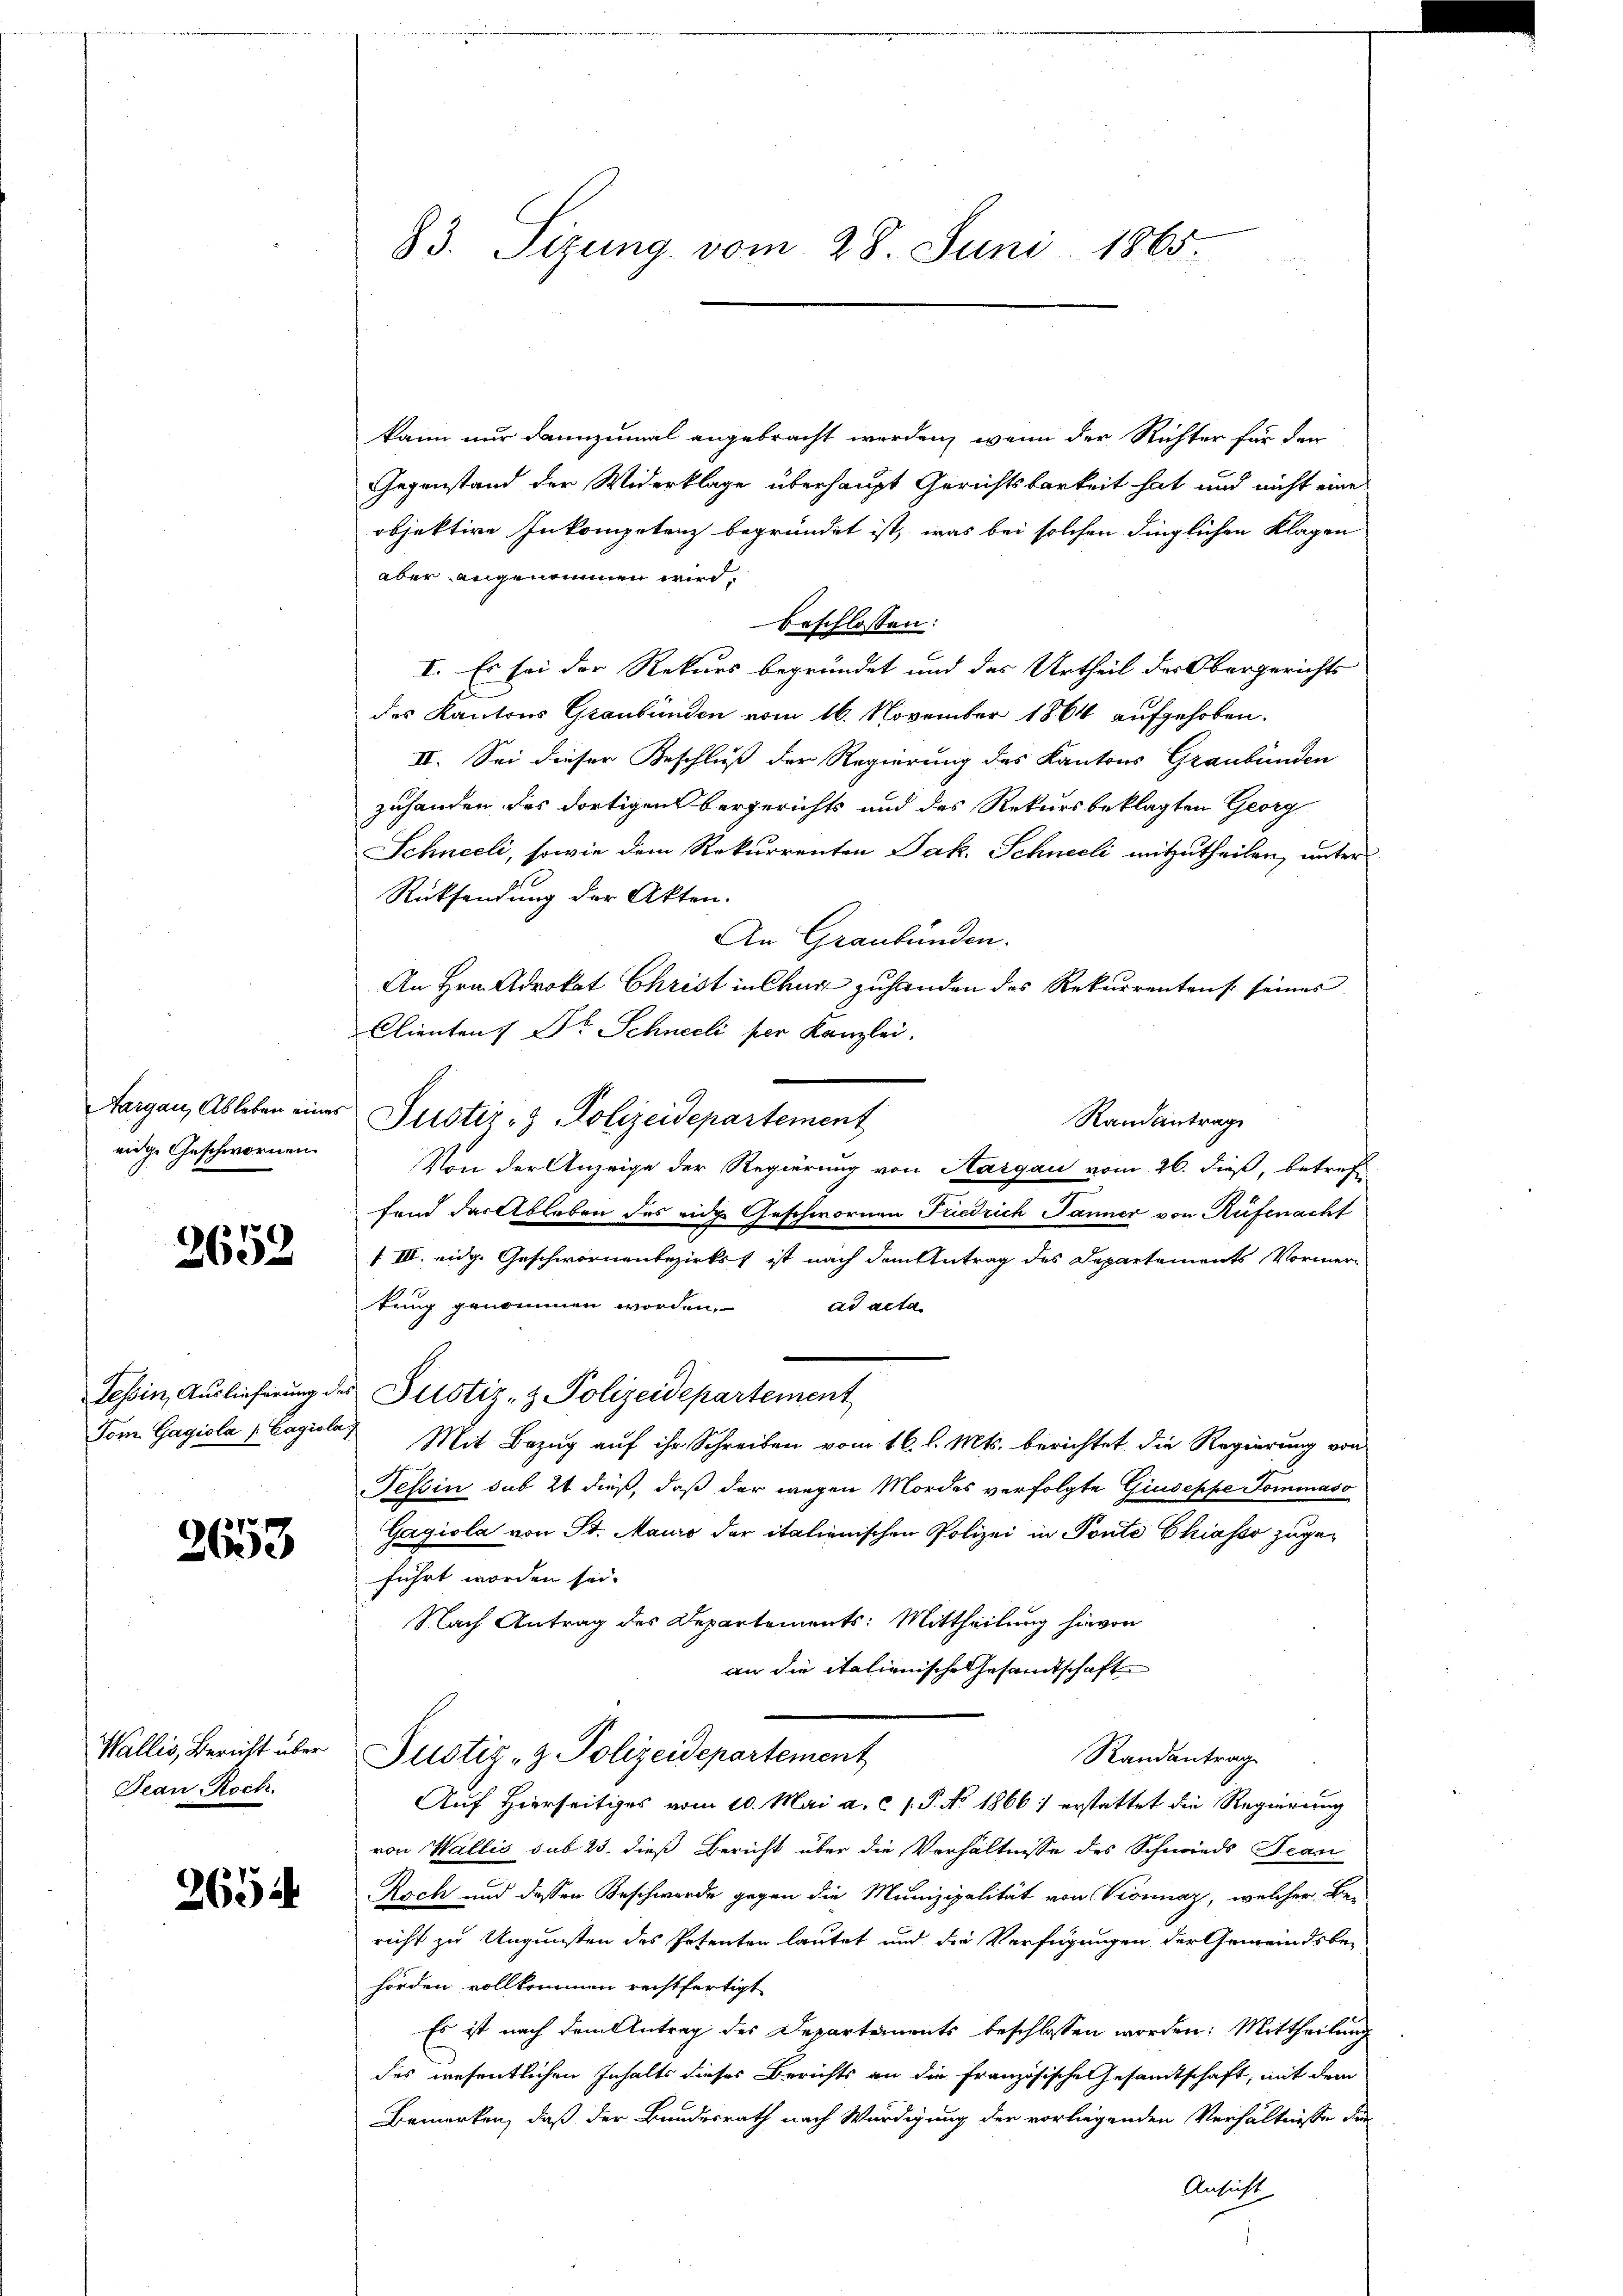
Aargau, Ableben einer
eige Geschwornen

2652

2653

Wallis, Bericht über
Jean Roch.

2654

83. Sizung vom 28. Juni 1865.

kann nur dannzumal angebracht werden, wenn der Richter für den
Gegenstand der Widerklage überhaupt Gerichtsbarkeit hat und nicht eines
objektire Inkompetenz begründet ist, was bei solchen dinglichen Klagen
aber angenommen wird.
beschlossen:
n
I. Es sei der Rekurs begründet und das Urtheil der Obergerichts
des Kantons Graubünden vom 16. November 1864 aufgehoben.
II. Sei dieser Beschluß der Regierung des Kantons Graubünden
zuhanden des dortigens bergerichts und des Rekursbeklagten Georg
Schneeli, sowie dem Rekurrenten Jak. Schneeli mitzutheilen, unter
Rücksendung der Akten.
An Graubünden.
An Hrn. Advokat Christ in Chart zuhanden des Rekurrentens seines
Clienten Dr Schneeli per Kanzlei.
Justiz- & Polizeidepartement
Randantrag
Von der Anzeige der Regierung von Aargau vom 26. dieß, betreff
fend das Ableben des eidg. Geschwornen Fuedrich Jänner von Rüfenacht
f III. eidg. Geschwornenbezirkst ist nach dem Antrag des Departements Vormertung genommen worden.
ad acta
Tessin, Auslieferung des Pustiz- & Polizeidepartement
Tom. Gagiola / Cagiale Mit Bezŭg aŭf ihr Schreiben vom 16. l. Mts. berichtet die Regierung von
Tessin sub 21 dieß, daß der wegen Mordes verfolgte Giuseppe Sommaso
Gagiola von St. Mauro der italienischen Polizei in Ponte Chiasso zugeführt worden sei.
Nach Antrag des Departements: Mittheilung hievon
an die italienische Gesandtschaft
Justiz- & Polizeidepartement
Randantrag
Auf Hierseitiges vom 10. Mai a. c 1. P. No. 1866 erstattet die Regierung
von Wallis sub 23. dieß Bericht über die Verhältnisse des Schmieds Jean
Roch und dessen Beschwerde gegen die Munizipalität von Vionnaz, welcher Bericht zu Ungunsten des Petenten lautet und die Verfügungen der Gemeindsbe-
hörden vollkommen rechtfertigt
Es ist nach dem Antrag des Departements beschlossen worden: Mittheilung
des wesentlichen Inhalts dieses Berichts an die Französische Gesamtschaft, mit dem
Bemerken, daß der Bundesrath nach Würdigung der vorliegenden Verhältnisse der
Ansicht